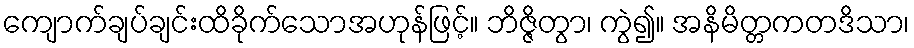
ကျောက်ချပ်ချင်းထိခိုက်သောအဟုန်ဖြင့်။ ဘိဇ္ဇိတွာ၊ ကွဲ၍။ အနိမိတ္တကတဒိသာ၊